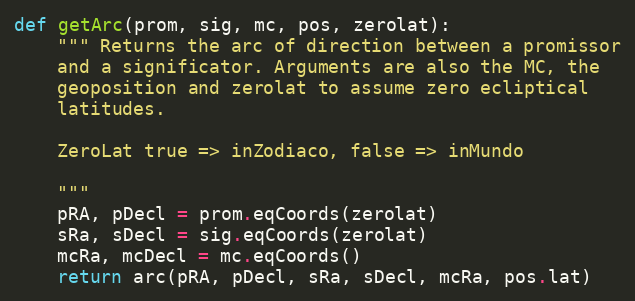
Language: Python
def getArc(prom, sig, mc, pos, zerolat):
    """ Returns the arc of direction between a promissor
    and a significator. Arguments are also the MC, the
    geoposition and zerolat to assume zero ecliptical
    latitudes.

    ZeroLat true => inZodiaco, false => inMundo

    """
    pRA, pDecl = prom.eqCoords(zerolat)
    sRa, sDecl = sig.eqCoords(zerolat)
    mcRa, mcDecl = mc.eqCoords()
    return arc(pRA, pDecl, sRa, sDecl, mcRa, pos.lat)